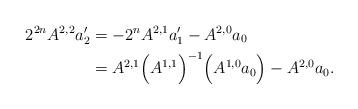
LaTeX: \begin{align*}2^{2n}A^{2,2} a'_2 &= -2^{n} A^{2,1} a'_1 - A^{2,0} a_0 \\&= A^{2,1}\Big(A^{1,1}\Big)^{-1} \Big(A^{1,0}a_0\Big) - A^{2,0} a_0.\end{align*}